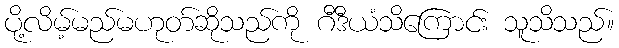
ပို့လိမ့်မည်မဟုတ်ဆိုသည်ကို ဂီဒီယံသိကြောင်း သူသိသည်။